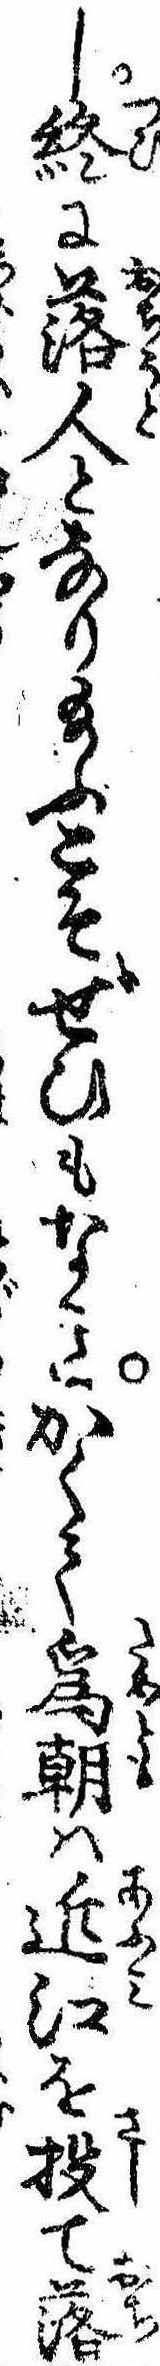
し終に落人となり給ふこそぜひもなきかくて為朝は近江を投て落